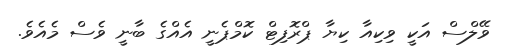
ވޭލްސް އަކީ ވިކިއާ ކިޔާ ޕްރޮފިޓް ކޮމްޕެނީ އެއްގެ ބާނީ ވެސް މެއެވެ.